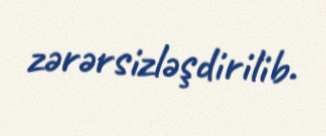
zərərsizləşdirilib.